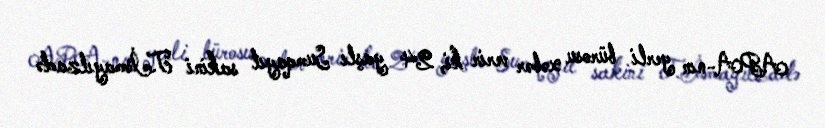
APA-nın yerli bürosu xəbər verir ki, 24 yaşlı Sumqayıt sakini T.İsmayılzadə